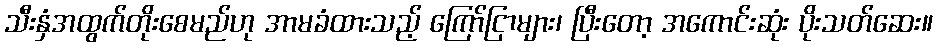
သီးနှံအထွက်တိုးစေမည်ဟု အာမခံထားသည့် ကြော်ငြာများ၊ ပြီးတော့ အကောင်းဆုံး ပိုးသတ်ဆေး။